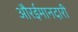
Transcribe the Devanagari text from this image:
औरईमानदारी